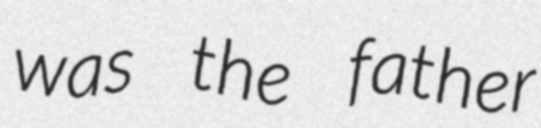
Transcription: was the father